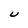
Character: U